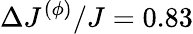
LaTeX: \Delta J^{(\phi)}/J=0.83